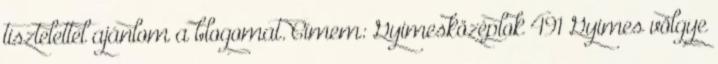
tisztelettel ajánlom a blogomat. Címem: Gyimesközéplok 491 Gyimes völgye